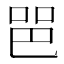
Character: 𰇫